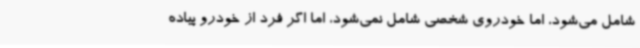
شامل می‌شود، اما خودروی شخصی شامل نمی‌شود، اما اگر فرد از خودرو پیاده